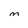
Character: M